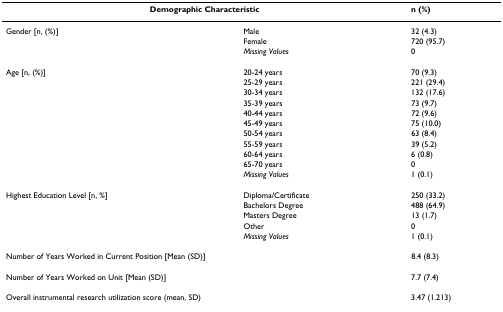
<table><thead><tr><td colspan="2"><b>Demographic Characteristic</b></td><td><b>n (%)</b></td></tr></thead><tbody><tr><td>Gender [n, (%)]</td><td>Male</td><td>32 (4.3)</td></tr><tr><td></td><td>Female</td><td>720 (95.7)</td></tr><tr><td></td><td><i>Missing Values</i></td><td>0</td></tr><tr><td>Age [n, (%)]</td><td>20-24 years</td><td>70 (9.3)</td></tr><tr><td></td><td>25-29 years</td><td>221 (29.4)</td></tr><tr><td></td><td>30-34 years</td><td>132 (17.6)</td></tr><tr><td></td><td>35-39 years</td><td>73 (9.7)</td></tr><tr><td></td><td>40-44 years</td><td>72 (9.6)</td></tr><tr><td></td><td>45-49 years</td><td>75 (10.0)</td></tr><tr><td></td><td>50-54 years</td><td>63 (8.4)</td></tr><tr><td></td><td>55-59 years</td><td>39 (5.2)</td></tr><tr><td></td><td>60-64 years</td><td>6 (0.8)</td></tr><tr><td></td><td>65-70 years</td><td>0</td></tr><tr><td></td><td><i>Missing Values</i></td><td>1 (0.1)</td></tr><tr><td>Highest Education Level [n, %]</td><td>Diploma/Certificate</td><td>250 (33.2)</td></tr><tr><td></td><td>Bachelors Degree</td><td>488 (64.9)</td></tr><tr><td></td><td>Masters Degree</td><td>13 (1.7)</td></tr><tr><td></td><td>Other</td><td>0</td></tr><tr><td></td><td><i>Missing Values</i></td><td>1 (0.1)</td></tr><tr><td colspan="2">Number of Years Worked in Current Position [Mean (SD)]</td><td>8.4 (8.3)</td></tr><tr><td colspan="2">Number of Years Worked on Unit [Mean (SD)]</td><td>7.7 (7.4)</td></tr><tr><td colspan="2">Overall instrumental research utilization score (mean, SD)</td><td>3.47 (1.213)</td></tr></tbody></table>